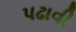
પઢાવી